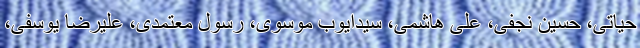
حیاتی، حسین نجفی، علی هاشمی، سیدایوب موسوی، رسول معتمدی، علیرضا یوسفی،